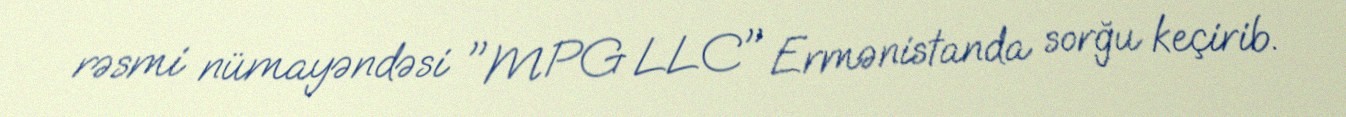
rəsmi nümayəndəsi "MPG LLC" Ermənistanda sorğu keçirib.